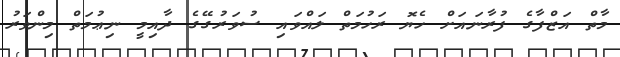
މާތް އަޒްފާގެ ފުރާނައަށް ހެޔޮ ރަހުމަތް ލައްވައި ސުވަރުގޭގެ ދާއިމީ ނިޢުމަތް މިންވަރު